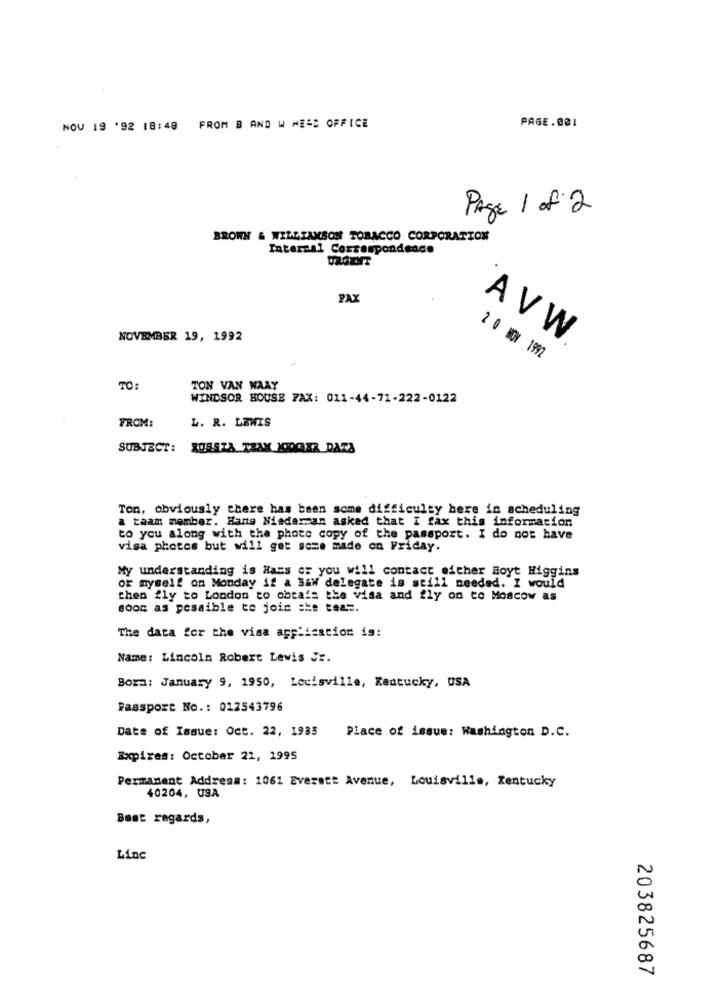
NOV 19 '92 18:48 FROM B AND W MESS OFFICE
PAGE.001
Page 1 of 2
BROWN & WILLIAMSON TOBACCO CORPORATION
Interzal Correspondence
URGENT
PAX
NOVEMBER 19, 1992
AVW
2 0 NOV 1992
TO:
TON VAN WAAY
WINDSOR HOUSE FAX: 011-44-71-222-0122
FROM:
L. R. LEWIS
SUBJECT:
ROBSTA TRAX KOGER DATA
Ton, obviously there has been some difficulty here in scheduling
a team member. Hang Niaderzan asked that I fax this information
to you along with the photo copy of the passport. I do not have
visa photos but will get some made on Friday.
My understanding is Hans or you will contact either Boyt Higgins
or myself on Monday if a Baw delegate is still needed. I would
then fly to London to obtain the visa and fly on to Moscow as
soon as possible to join she teat.
The data for the visa application is:
Name: Lincoln Robert Lewis Jr.
Bora: January 9, 1950, Louisville, Kentucky, USA
Passport No .: 012543796
Date of Issue: Oct. 22, 1935
Place of issue: Washington D.C.
Expires: October 21, 1995
Permanent Address: 1061 Everett Avenue, Louisville, Kentucky
40204, USA
Best regards,
Linc
203825687